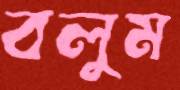
বলুম